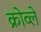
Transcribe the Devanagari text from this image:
क्रोव्ले